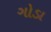
ગોડા